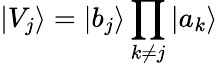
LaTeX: |V_{j}\rangle=|b_{j}\rangle\prod_{k\neq j}|a_{k}\rangle